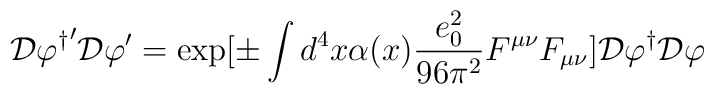
{\cal D}{\varphi^{\dagger}}^{\prime}{\cal D}\varphi^{\prime}=\exp[\pm\int d^{4}x\alpha(x)\frac{e_{0}^{2}}{96\pi^{2}}F^{\mu\nu}F_{\mu\nu} ] {\cal D}{\varphi^{\dagger}}{\cal D}\varphi